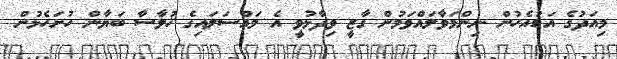
މިއަދުގެ އަޑުއެހުން ނިންމަވާލައްވަމުން ގާޒީ ވިދާޅުވީ އެ މައްސަލައިގެ ޚުލާސާ ބަޔާން ހުށަހެޅުން